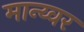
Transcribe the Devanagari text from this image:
मान्य्वर